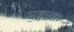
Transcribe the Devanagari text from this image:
सङ्गत्याः